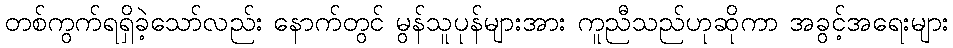
တစ်ကွက်ရရှိခဲ့သော်လည်း နောက်တွင် မွန်သူပုန်များအား ကူညီသည်ဟုဆိုကာ အခွင့်အရေးများ